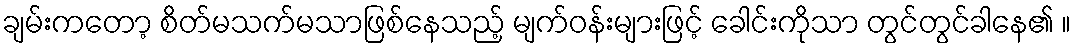
ချမ်းကတော့ စိတ်မသက်မသာဖြစ်နေသည့် မျက်ဝန်းများဖြင့် ခေါင်းကိုသာ တွင်တွင်ခါနေ၏ ။